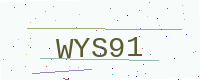
Text: WYS91